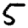
Digit: 5